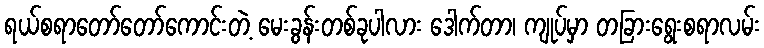
ရယ်စရာတော်တော်ကောင်းတဲ့ မေးခွန်းတစ်ခုပါလား ဒေါက်တာ၊ ကျုပ်မှာ တခြားရွေးစရာလမ်း